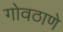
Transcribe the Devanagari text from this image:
गोवठाणे